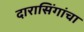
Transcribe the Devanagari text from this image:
दारासिंगांचा